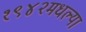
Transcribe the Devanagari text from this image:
१९४२मधल्या